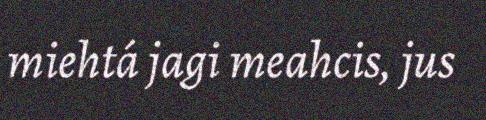
miehtá jagi meahcis, jus